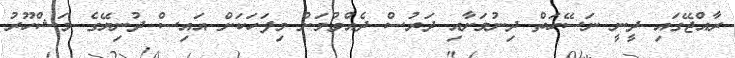
ރާއްޖޭގައި ދީނީ ނަސޭހަތް ދިނުމަށާއި ދަރުސް ދެއްވުމަށް މިފަހަކަށް އައިސް ދުނިޔޭގެ މަޝްހޫރު